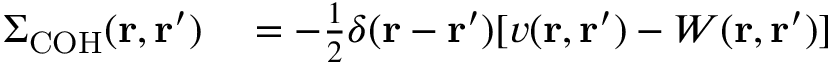
\begin{array} { r l } { \Sigma _ { \mathrm { C O H } } ( \mathbf { r } , \mathbf { r } ^ { \prime } ) } & { { } = - \frac { 1 } { 2 } \delta ( \mathbf { r } - \mathbf { r } ^ { \prime } ) [ v ( \mathbf { r } , \mathbf { r } ^ { \prime } ) - W ( \mathbf { r } , \mathbf { r } ^ { \prime } ) ] } \end{array}